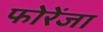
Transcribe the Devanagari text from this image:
फोरेंजा